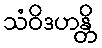
သံဝိဒဟန္တိ